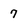
Character: 7